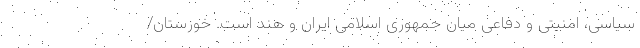
سیاسی، امنیتی و دفاعی میان جمهوری اسلامی ایران و هند است. خوزستان/